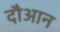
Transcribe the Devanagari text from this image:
दौआन